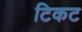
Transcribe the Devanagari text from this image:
टिकट